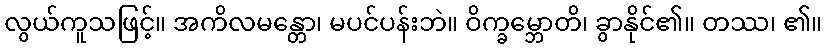
လွယ်ကူသဖြင့်။ အကိလမန္တော၊ မပင်ပန်းဘဲ။ ဝိက္ခမ္ဘောတိ၊ ခွာနိုင်၏။ တဿ၊ ၏။